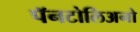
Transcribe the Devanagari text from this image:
पॅनटोलिअनो